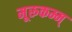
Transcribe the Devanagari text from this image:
मूरूकम्म्